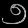
Digit: ၅